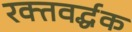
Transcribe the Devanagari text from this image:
रक्तवर्द्धक